Leaving Certificate Examination, 1918, 1918
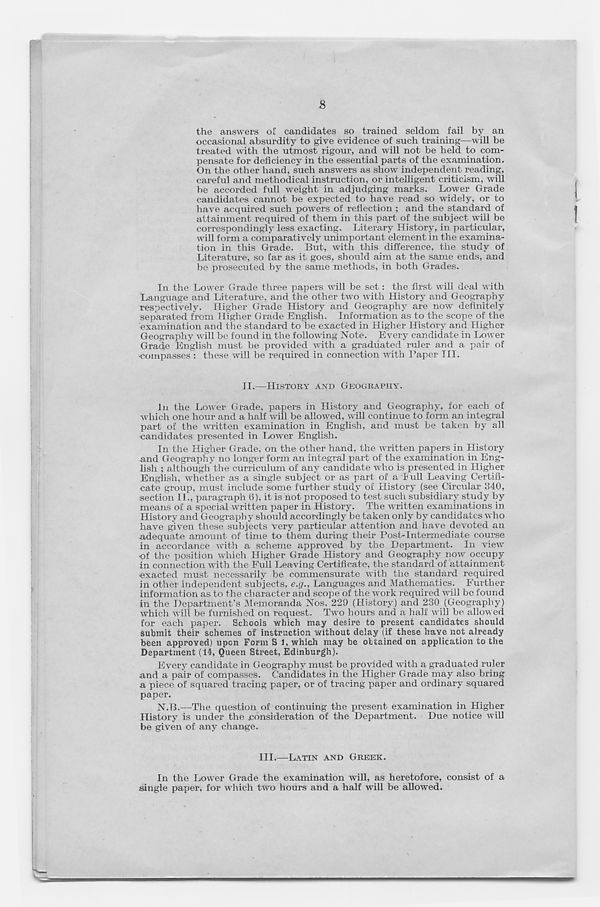
£
the answers of candidates so trained seldom fail by an
occasional absurdity to give evidence of such training—will be
treated with the utmost rigour, and will not be held to com-
pensate for deficiency in the essential parts of the examination.
On the other hand, such answers as show independent reading,
careful and methodical instruction, or intelligent criticism, will
be accorded full weight in adjudging marks. Lower Grade
candidates cannot be expected to have read so widely, or to
have acquired such powers of reflection ; and the standard of
attainment required of them in this part of the subject will be
correspondingly less exacting. Literary History, in particular,
will form a comparatively unimportant element in the examina-
tion in this Grade. But, with this difference, the study of
Literature, so far as it goes, should aim at the same ends, and
be prosecuted by the same methods, in both Grades.
In the Lower Grade three papers will be set: the first will deal with
Language and Literature, and the other two with History and Geography
respectively. Higher Grade History and Geography are now r definitely
separated from Higher Grade English. Information as to the scope of the
examination and the standard to be exacted in Higher History and Higher
Geography will be found in the following Note. Every candidate in Lower
Grade English must be provided with a graduated ruler and a pair of
•compasses : these will be required in connection with Paper III.
II.—HISTORY AND GEOGRAPHY.
in the Lower Grade, papers in History and Geography, for each of
which one hour and a half will be allowed, will continue to form an integral
part of the written examination in English, and must be taken by all
•candidates presented in Lower English.
In the Higher Grade, on the other hand, the written papers in History
and Geography no longer form an integral part of the examination in Eng-
lish ; although the curriculum of any candidate who is presented in Higher
English, whether as a single subject or as part of a bull Leaving Certifi-
cate group, must include some further study of History (see Circular 340,
section II., paragraph (5), it is not proposed to test such subsidiary study by
means of a special written paper in History. The written examinations in
History and Geography should accordingly be taken only by candidates who
have given these subjects very particular attention and have devoted an
adequate amount of time to them during their Post-Intermediate course
in accordance with a scheme approved by the Department. In view
■of the position which Higher Grade History and Geography now occupy
in connection with the Full Leaving Certificate, the standard of attainment
exacted must necessarily be commensurate with the standard required
in other independent subjects, e.g.. Languages and Mathematics. Further
information as to the character and scope of the work required will be found
in the Department’s Memoranda Nos. 229 (History) and 230 (Geography)
which will be furnished on request. Two hours and a half will be allowed
for each paper. Schools which may desire to present candidates should
submit their schemes of instruction without delay (if these have not already
been approved) upon Form S 1, which may be obtained on application to the
Department (14, Queen Street, Edinburgh).
Every candidate in Geography must be provided with a graduated ruler
and a pair of compasses. Candidates in the Higher Grade may also bring
a piece of squared tracing paper, or of tracing paper and ordinary squared
paper.
N.B.—The question of continuing the present examination in Higher
History is under the consideration of the Department. Due notice will
be given of any change.
III.—LATIN AND GREEK.
In the Lower Grade the examination will, as heretofore, consist of a
single paper, for which two hours and a half will be allowed.